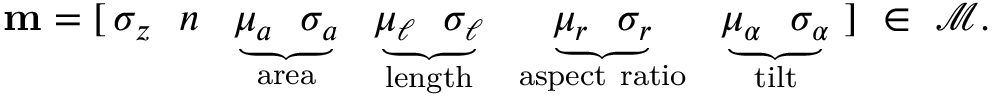
\mathbf { m } = [ \, \sigma _ { z } \ \ n \ \ \underbrace { \mu _ { a } \ \ \sigma _ { a } } _ { \mathrm { a r e a } } \ \ \underbrace { \mu _ { \ell } \ \ \sigma _ { \ell } } _ { \mathrm { l e n g t h } } \ \ \underbrace { \mu _ { r } \ \ \sigma _ { r } } _ { \mathrm { a s p e c t ~ r a t i o } } \ \ \underbrace { \mu _ { \alpha } \ \ \sigma _ { \alpha } } _ { \mathrm { t i l t } } \ ] \ \in \ \mathcal { M } .